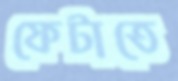
ফেটাতে